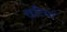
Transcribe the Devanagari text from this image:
खटियां